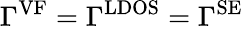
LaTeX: \Gamma^{\mathrm{VF}}=\Gamma^{\mathrm{LDOS}}=\Gamma^{\mathrm{SE}}